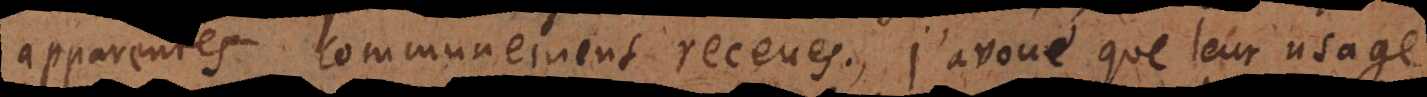
communement receues. J’avoue que leur usage